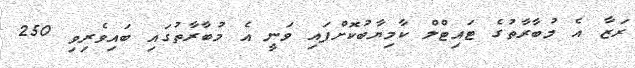
ރަޒާ އެ މުބާރާތުގެ ޓައިޓްލް ކާމިޔާބުކޮށްފައި ވަނީ އެ މުބާރާތުގައި ބައިވެރިވި 250